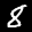
Label: 8